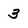
Character: 3